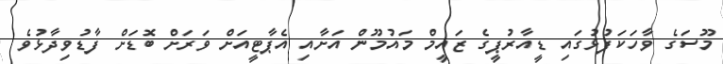
މޫސަގެ ވާހަކަފުޅުގައި ޑީއާރުޕީގެ ޒައީމް މައުމޫން އަށާއި އެޕާޓީއަށް ވަރަށް ބޮޑަށް ފާޑުވިދާޅުވެ